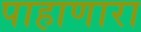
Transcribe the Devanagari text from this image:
पाहाणारा